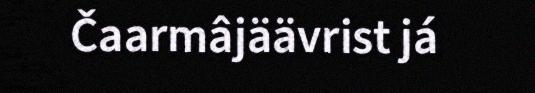
Čaarmâjäävrist já